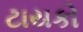
ટાયકો